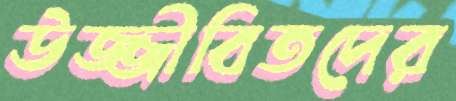
উজ্জীবিতদের